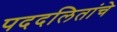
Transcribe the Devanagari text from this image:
पददलितांचे